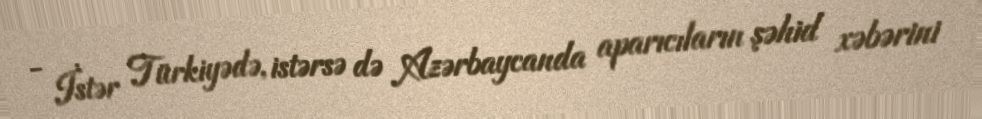
- İstər Türkiyədə, istərsə də Azərbaycanda aparıcıların şəhid xəbərini